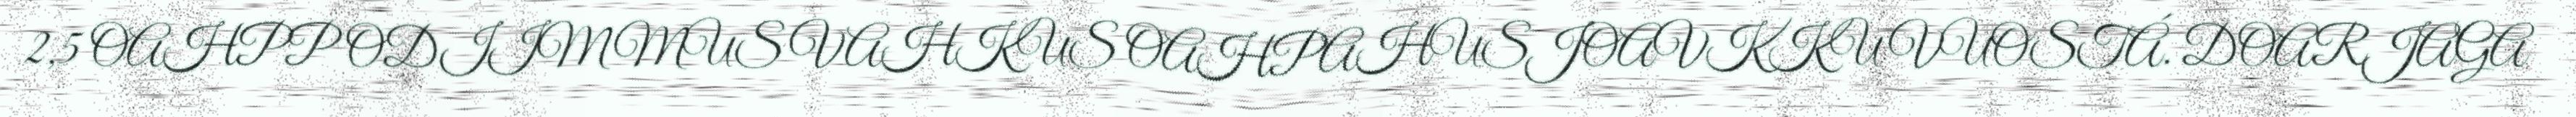
2,5 OAHPPODIIMMUS VAHKUS OAHPAHUSJOAVKKU VUOSTÁ. DOARJAGA